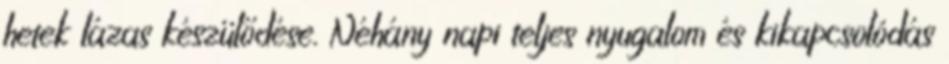
hetek lázas készülődése. Néhány napi teljes nyugalom és kikapcsolódás